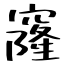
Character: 窿